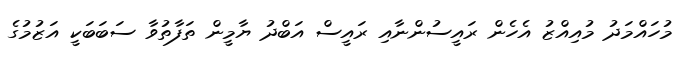
މުހައްމަދު މުއިއްޒު އެހެން ރައީސުންނާއި ރައީސް އަބްދު ޔާމީން ތަފާތުވާ ސަބަބަކީ އަޒުމުގެ